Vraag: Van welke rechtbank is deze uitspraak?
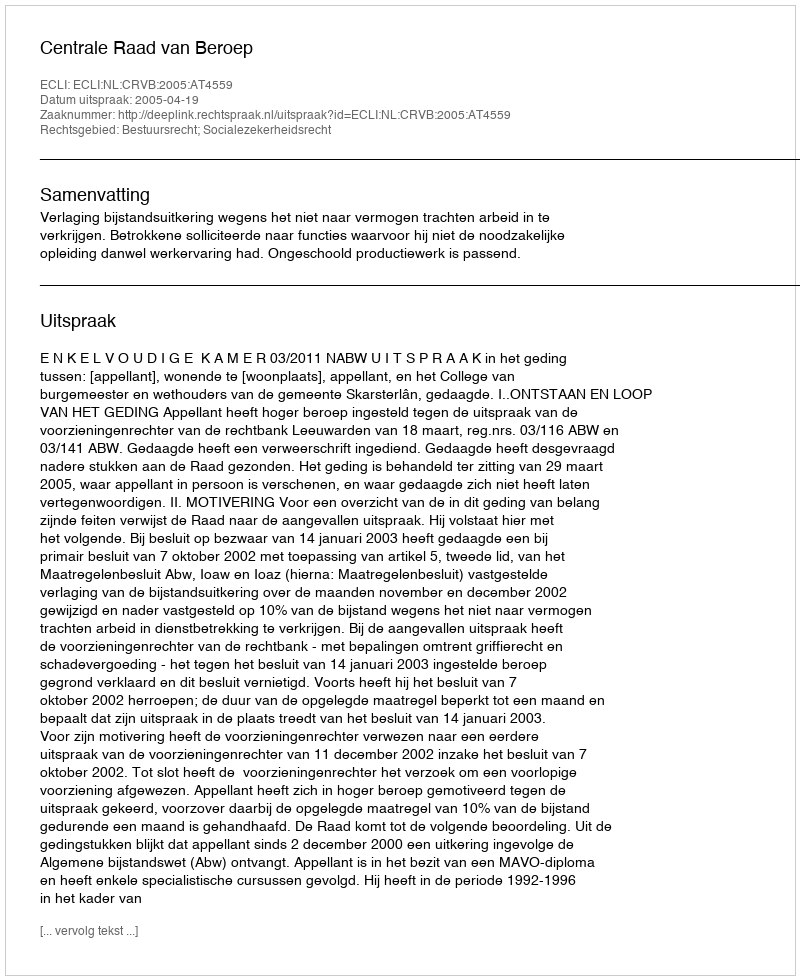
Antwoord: Centrale Raad van Beroep